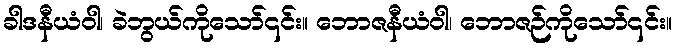
ခါဒနီယံဝါ၊ ခဲဘွယ်ကိုသော်၎င်း။ ဘောဇနီယံဝါ၊ ဘောဇဉ်ကိုသော်၎င်း။